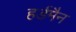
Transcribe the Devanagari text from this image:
हर्डमैन